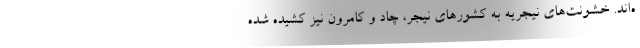
ه‌اند. خشونت‌های نیجریه به کشورهای نیجر، چاد و کامرون نیز کشیده شده